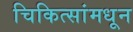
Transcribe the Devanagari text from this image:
चिकित्सांमधून